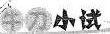
牛刀小试